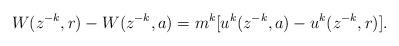
LaTeX: \begin{align*}W(z^{-k},r) - W(z^{-k},a) = m^k [u^k(z^{-k},a) - u^k(z^{-k},r)].\end{align*}